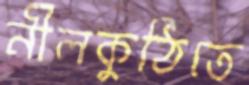
নীলকুঠিতে